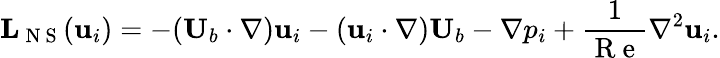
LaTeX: \mathbf{L}_{\mathrm{~N~S~}}(\mathbf{u}_{i})=-(\textbf{U}_{b}\cdot\nabla)\textbf{u}_{i}-(\textbf{u}_{i}\cdot\nabla)\textbf{U}_{b}-\nabla p_{i}+\frac{1}{\mathrm{~R~e~}}\nabla^{2}\textbf{u}_{i}.